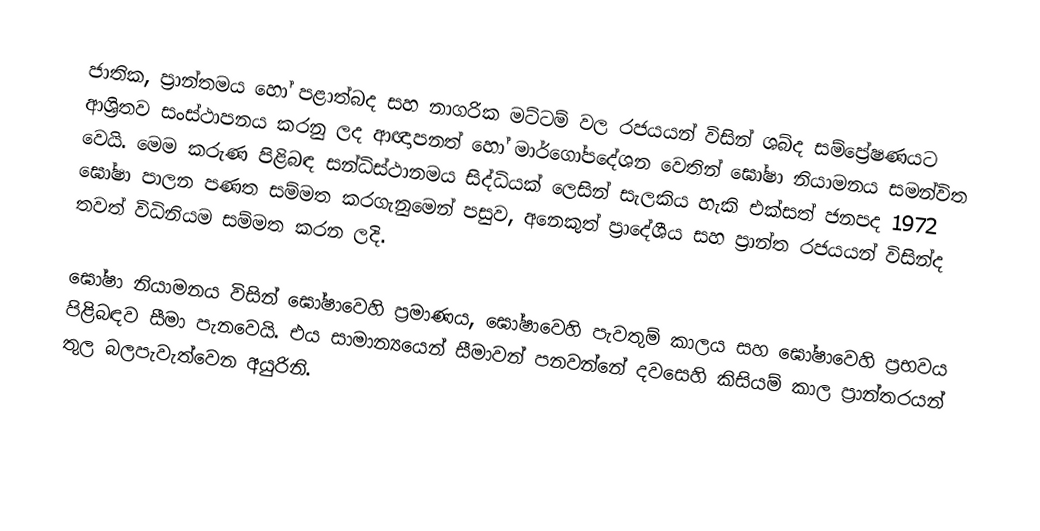
ජාතික, ප්‍රාන්තමය හෝ පළාත්බද සහ  නාගරික මට්ටම් වල රජයයන් විසින්  ශබ්ද සම්ප්‍රේෂණයට ආශ්‍රිතව සංස්ථාපනය කරනු ලද ආඥාපනත් හෝ  මාර්ගෝපදේශන වෙතින් ඝෝෂා නියාමනය සමන්විත වෙයි. මෙම කරුණ පිළිබඳ සන්ධිස්ථානමය සිද්ධියක් ලෙසින් සැලකිය හැකි එක්සත් ජනපද   1972 ඝෝෂා පාලන පණත සම්මත කරගැනුමෙන් පසුව, අනෙකුත් ප්‍රාදේශීය සහ ප්‍රාන්ත රජයයන් විසින්ද තවත් විධිනියම සම්මත කරන ලදි.

ඝෝෂා නියාමනය විසින්  ඝෝෂාවෙහි ප්‍රමාණය, ඝෝෂාවෙහි පැවතුම් කාලය සහ ඝෝෂාවෙහි ප්‍රභවය පිළිබඳව සීමා පැනවෙයි. එය සාමාන්‍යයෙන් සීමාවන් පනවන්නේ දවසෙහි කිසියම් කාල ප්‍රාන්තරයන් තුල බලපැවැත්වෙන අයුරිනි.